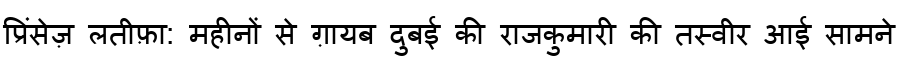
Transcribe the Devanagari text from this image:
प्रिंसेज़ लतीफ़ा: महीनों से ग़ायब दुबई की राजकुमारी की तस्वीर आई सामने